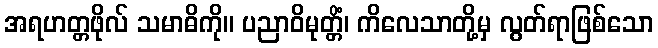
အရဟတ္တဖိုလ် သမာဓိကို။ ပညာဝိမုတ္တိံ၊ ကိလေသာတို့မှ လွတ်ရာဖြစ်သော